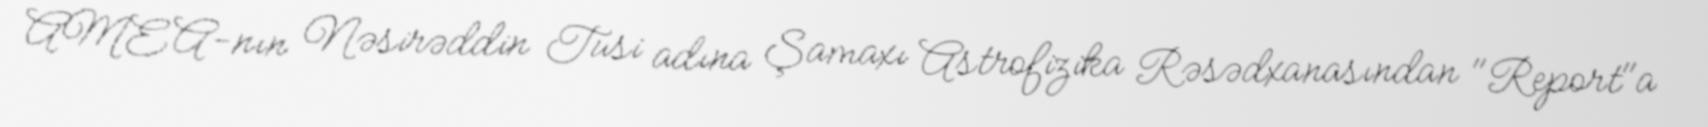
AMEA-nın Nəsirəddin Tusi adına Şamaxı Astrofizika Rəsədxanasından "Report"a